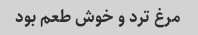
مرغ ترد و خوش طعم بود